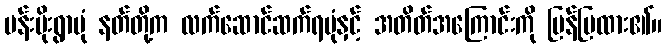
ပန်းမိုးရွာပုံ နတ်တို့က လက်ဆောင်ဆက်ရပုံနှင့် အတိတ်အကြောင်းကို ပြန်ပြထား၏။